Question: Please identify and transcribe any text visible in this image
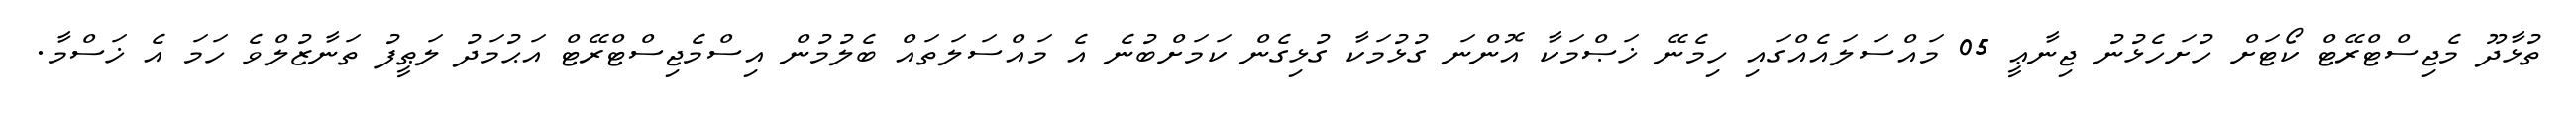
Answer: ތުޅާދޫ މެޖިސްޓްރޭޓް ކޯޓަށް ހުށަހެޅުނު ޖިނާޢީ 05 މައްސަލައެއްގައި ހިމެނޭ ޚަޞްމަކާ އޮންނަ ގުޅުމަކާ ގުޅިގެން ކަމަށްބުނެ އެ މައްސަލަތައް ބެލުމުން އިސްމެޖިސްޓްރޭޓް އަޙުމަދު ލަޠީފު ތަނާޒުލްވެ ހަމަ އެ ޚަސްމާ.